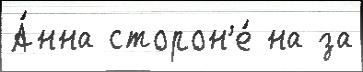
А́нна сторон'е́ на за